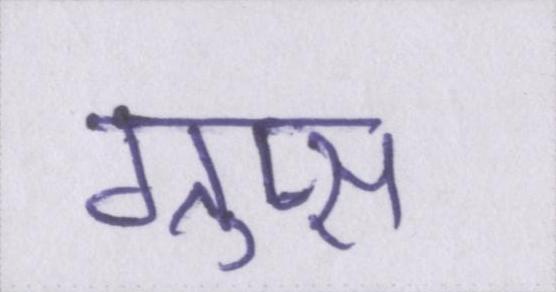
ग्रुप्स